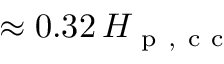
\approx 0 . 3 2 \, H _ { \mathrm { ~ p ~ , ~ c ~ c ~ } }